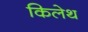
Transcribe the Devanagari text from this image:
किलेथ